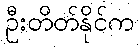
ဦးတိတ်နိုင်က